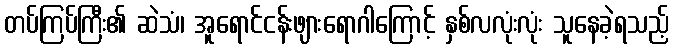
တပ်ကြပ်ကြီး၏ ဆဲသံ၊ အူရောင်ငန်းဖျားရောဂါကြောင့် နှစ်လလုံးလုံး သူနေခဲ့ရသည့်